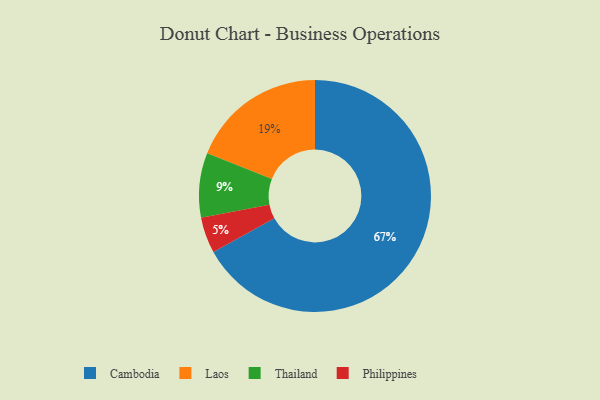
{"axis": {"x": "Category", "y": "Percentage"}, "legend": ["Cambodia", "Laos", "Philippines", "Thailand"], "data": [{"x": "Cambodia", "y": 67, "type": "Cambodia"}, {"x": "Laos", "y": 19, "type": "Laos"}, {"x": "Philippines", "y": 5, "type": "Philippines"}, {"x": "Thailand", "y": 9, "type": "Thailand"}]}